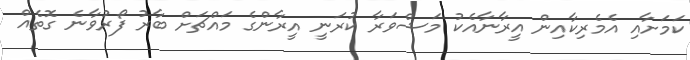
ކަމަށާއި އެމެރިކާއިން އީރާނާއެކު މަޝްވަރާ ކުރަނީ އީރާންގެ މައްޗަށް ބާރު ފޯރުވާނެ ގޮތެއް